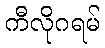
ကီလိုဂရမ်